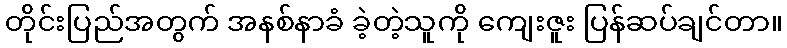
တိုင်းပြည်အတွက် အနစ်နာခံ ခဲ့တဲ့သူကို ကျေးဇူး ပြန်ဆပ်ချင်တာ။